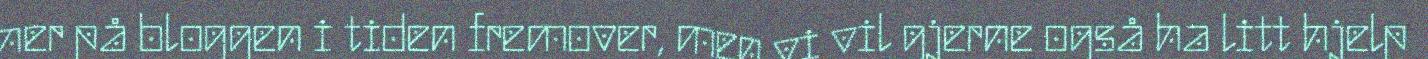
her på bloggen i tiden fremover, men vi vil gjerne også ha litt hjelp